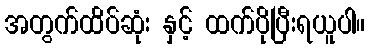
အတွက်ထိပ်ဆုံး နှင့် ထက်ပိုပြီးရယူပါ။